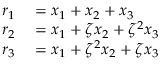
\begin{array} { r l } { r _ { 1 } } & { { } = x _ { 1 } + x _ { 2 } + x _ { 3 } } \\ { r _ { 2 } } & { { } = x _ { 1 } + \zeta x _ { 2 } + \zeta ^ { 2 } x _ { 3 } } \\ { r _ { 3 } } & { { } = x _ { 1 } + \zeta ^ { 2 } x _ { 2 } + \zeta x _ { 3 } } \end{array}